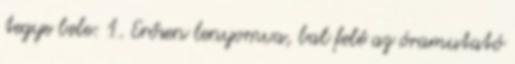
tegye bele: 1. Erősen lenyomva, bal felé az óramutató